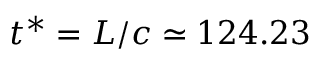
t ^ { * } = L / c \simeq 1 2 4 . 2 3